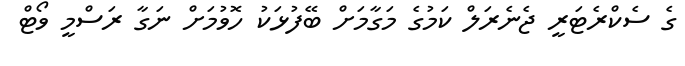
ގެ ސެކްރެޓަރީ ޖެނެރަލް ކަމުގެ މަގާމަށް ބޭފުޅަކު ހޮވުމަށް ނަގާ ރަސްމީ ވޯޓް